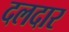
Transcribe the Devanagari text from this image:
दलदार